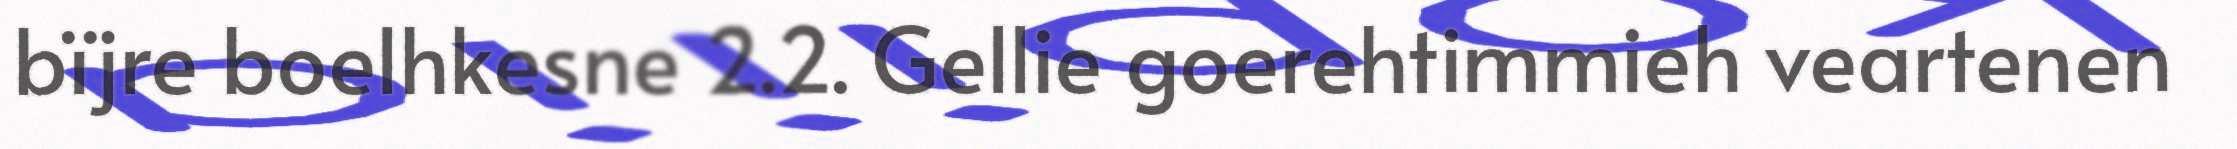
bïjre boelhkesne 2.2. Gellie goerehtimmieh veartenen